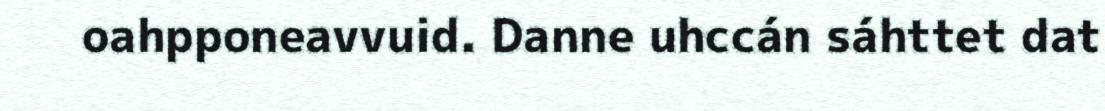
oahpponeavvuid. Danne uhccán sáhttet dat